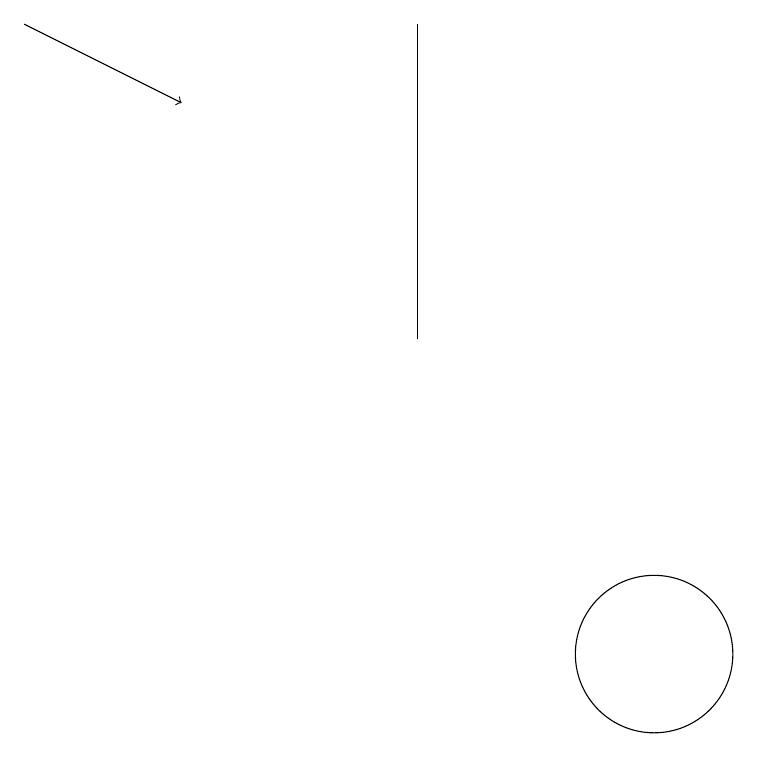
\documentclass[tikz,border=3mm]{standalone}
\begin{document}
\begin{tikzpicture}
\draw[->] (2,19) -- (4,18);
\draw (7,15) rectangle (7,19);
\draw (10,11) circle (1);
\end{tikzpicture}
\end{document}